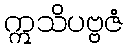
ဣသိပဗ္ဗဇံ